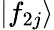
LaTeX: |f_{2j}\rangle